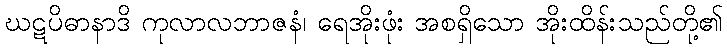
ဃဋပိဓာနာဒိ ကုလာလဘာဇနံ၊ ရေအိုးဖုံး အစရှိသော အိုးထိန်းသည်တို့၏